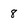
Character: 8